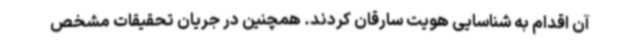
آن اقدام به شناسایی هویت سارقان کردند. همچنین در جریان تحقیقات مشخص